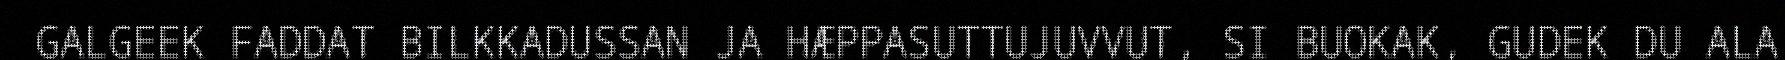
GALGEEK FADDAT BILKKADUSSAN JA HÆPPASUTTUJUVVUT, SI BUOKAK, GUDEK DU ALA